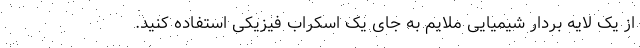
از یک لایه بردار شیمیایی ملایم به جای یک اسکراب فیزیکی استفاده کنید.